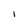
Character: i